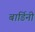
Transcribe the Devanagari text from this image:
बार्डिनी